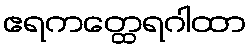
ဧရကတ္ထေရဂါထာ